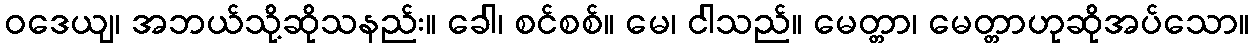
ဝဒေယျ၊ အဘယ်သို့ဆိုသနည်း။ ခေါ၊ စင်စစ်။ မေ၊ ငါသည်။ မေတ္တာ၊ မေတ္တာဟုဆိုအပ်သော။